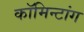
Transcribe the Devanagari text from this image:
कॉमिन्टांग